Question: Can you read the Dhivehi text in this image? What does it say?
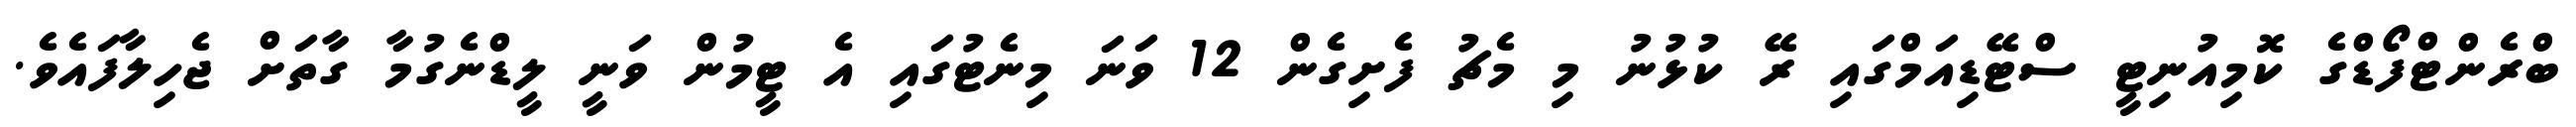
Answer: ބްރެންޓްފޯޑްގެ ކޮމިއުނިޓީ ސްޓޭޑިއަމްގައި ރޭ ކުޅުނު މި މެޗު ފެށިގެން 12 ވަނަ މިނެޓުގައި އެ ޓީމުން ވަނީ ލީޑްނެގުމާ ގާތަށް ޖެހިލާފައެވެ.